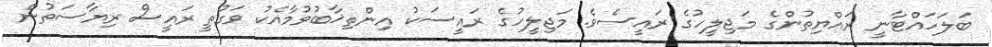
ބަލަހައްޓާނީ ރައްޔިތުންގެ މަޖިލީހުގެ ރައީސެވެ. މަޖިލީހުގެ ރައީސަކު އިންތިޚާބުވުމާއެކު ވަގުތީ ރައީސް ރިޔާސަތުން